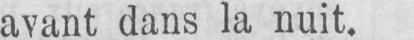
avant dans la nuit.